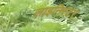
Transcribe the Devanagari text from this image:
लाइनिस्टर्